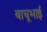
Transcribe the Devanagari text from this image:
बाचूभाई